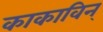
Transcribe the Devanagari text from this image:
काकाविन्